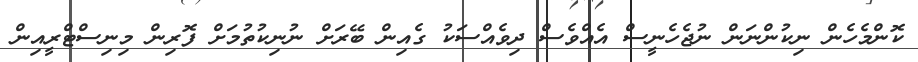
ކޮންމެހެން ނިކުންނަން ނުޖެހެނީސް އެއްވެސް ދިވެއްސަކު ގެއިން ބޭރަށް ނުނިކުތުމަށް ފޮރިން މިނިސްޓްރީއިން